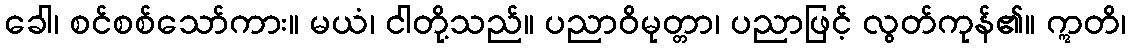
ခေါ၊ စင်စစ်သော်ကား။ မယံ၊ ငါတို့သည်။ ပညာဝိမုတ္တာ၊ ပညာဖြင့် လွတ်ကုန်၏။ ဣတိ၊